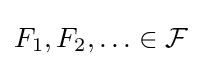
F_{1},F_{2},\ldots \in {\mathcal {F}}